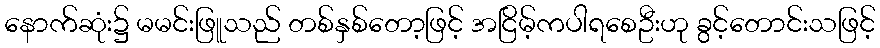
နောက်ဆုံး၌ မမင်းဖြူသည် တစ်နှစ်တော့ဖြင့် အငြိမ့်ကပါရစေဦးဟု ခွင့်တောင်းသဖြင့်